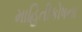
માહિતીકોષના